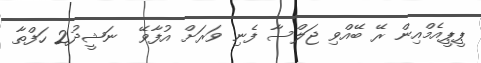
ޕީޕީއެމްއިން ރޭ ބޭއްވި ޖަލްސާ ފެނި ވަރަށް އުފާވޭ  ނަޝީދު2 ހަފްތާ